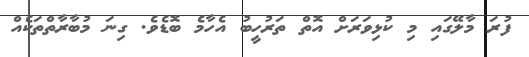
ފުރަ މާލޭގައި މި ކުޅިވަރަށް އޮތް ތަރުހީބު އެހާމެ ބޮޑެވެ. ގިނަ މުބާރާތްތަކެއް